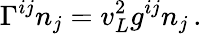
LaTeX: \Gamma^{ij}n_{j}=v_{L}^{2}g^{ij}n_{j}\, .